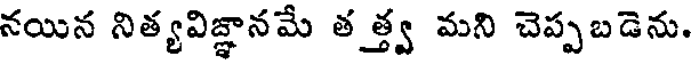
నయిన నిత్యవిజ్ఞానమే తత్త్వ మని చెప్పబడెను.